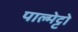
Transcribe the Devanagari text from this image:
पाल्मेट्टो